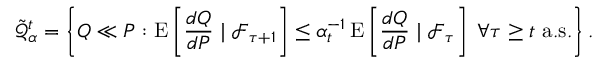
{ \tilde { \mathcal { Q } } } _ { \alpha } ^ { t } = \left\{ Q \ll P : \operatorname { E } \left[ { \frac { d Q } { d P } } \mid { \mathcal { F } } _ { \tau + 1 } \right] \leq \alpha _ { t } ^ { - 1 } \operatorname { E } \left[ { \frac { d Q } { d P } } \mid { \mathcal { F } } _ { \tau } \right] \; \forall \tau \geq t { \mathrm { ~ a . s . } } \right\} .